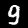
Digit: 9